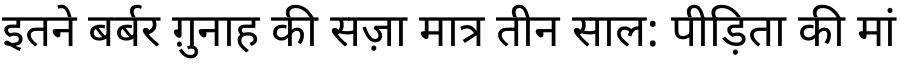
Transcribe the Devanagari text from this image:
इतने बर्बर ग़ुनाह की सज़ा मात्र तीन साल: पीड़िता की मां